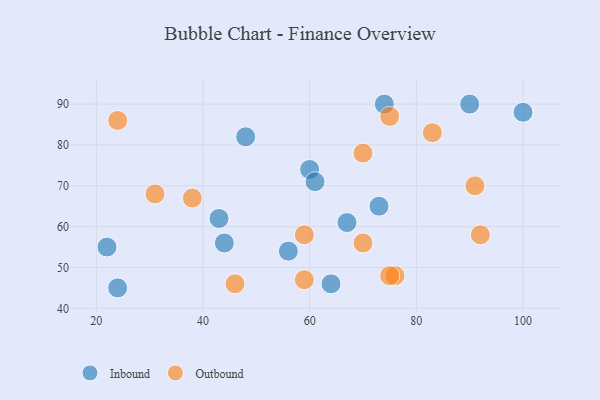
{"axis": {"x": "GDP", "y": "Life Expectancy"}, "legend": ["Inbound", "Outbound"], "data": [{"x": "100", "y": 88, "type": "Inbound"}, {"x": "48", "y": 82, "type": "Inbound"}, {"x": "60", "y": 74, "type": "Inbound"}, {"x": "56", "y": 54, "type": "Inbound"}, {"x": "73", "y": 65, "type": "Inbound"}, {"x": "67", "y": 61, "type": "Inbound"}, {"x": "74", "y": 90, "type": "Inbound"}, {"x": "90", "y": 90, "type": "Inbound"}, {"x": "24", "y": 45, "type": "Inbound"}, {"x": "61", "y": 71, "type": "Inbound"}, {"x": "22", "y": 55, "type": "Inbound"}, {"x": "64", "y": 46, "type": "Inbound"}, {"x": "43", "y": 62, "type": "Inbound"}, {"x": "44", "y": 56, "type": "Inbound"}, {"x": "91", "y": 70, "type": "Outbound"}, {"x": "83", "y": 83, "type": "Outbound"}, {"x": "92", "y": 58, "type": "Outbound"}, {"x": "76", "y": 48, "type": "Outbound"}, {"x": "70", "y": 78, "type": "Outbound"}, {"x": "59", "y": 47, "type": "Outbound"}, {"x": "75", "y": 48, "type": "Outbound"}, {"x": "46", "y": 46, "type": "Outbound"}, {"x": "24", "y": 86, "type": "Outbound"}, {"x": "70", "y": 56, "type": "Outbound"}, {"x": "59", "y": 58, "type": "Outbound"}, {"x": "38", "y": 67, "type": "Outbound"}, {"x": "31", "y": 68, "type": "Outbound"}, {"x": "75", "y": 87, "type": "Outbound"}]}